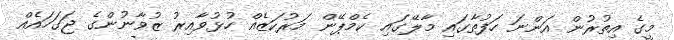
މީގެ އިތުރުން އަންނަ ހަފުތާގައި މާލޭގައި ކެމްޕޭން މަރުކަޒެއް ހުޅުވާއިރު ޒުވާނުންގެ ޖަގަހައެއް